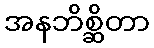
အနဘိစ္ဆိတာ